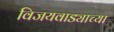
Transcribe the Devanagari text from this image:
विजयवाड्याच्या